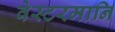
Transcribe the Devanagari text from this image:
वेस्टरमानि